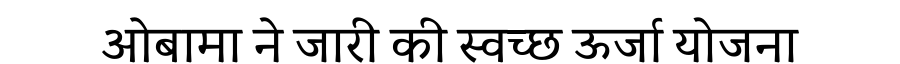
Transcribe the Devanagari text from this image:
ओबामा ने जारी की स्वच्छ ऊर्जा योजना